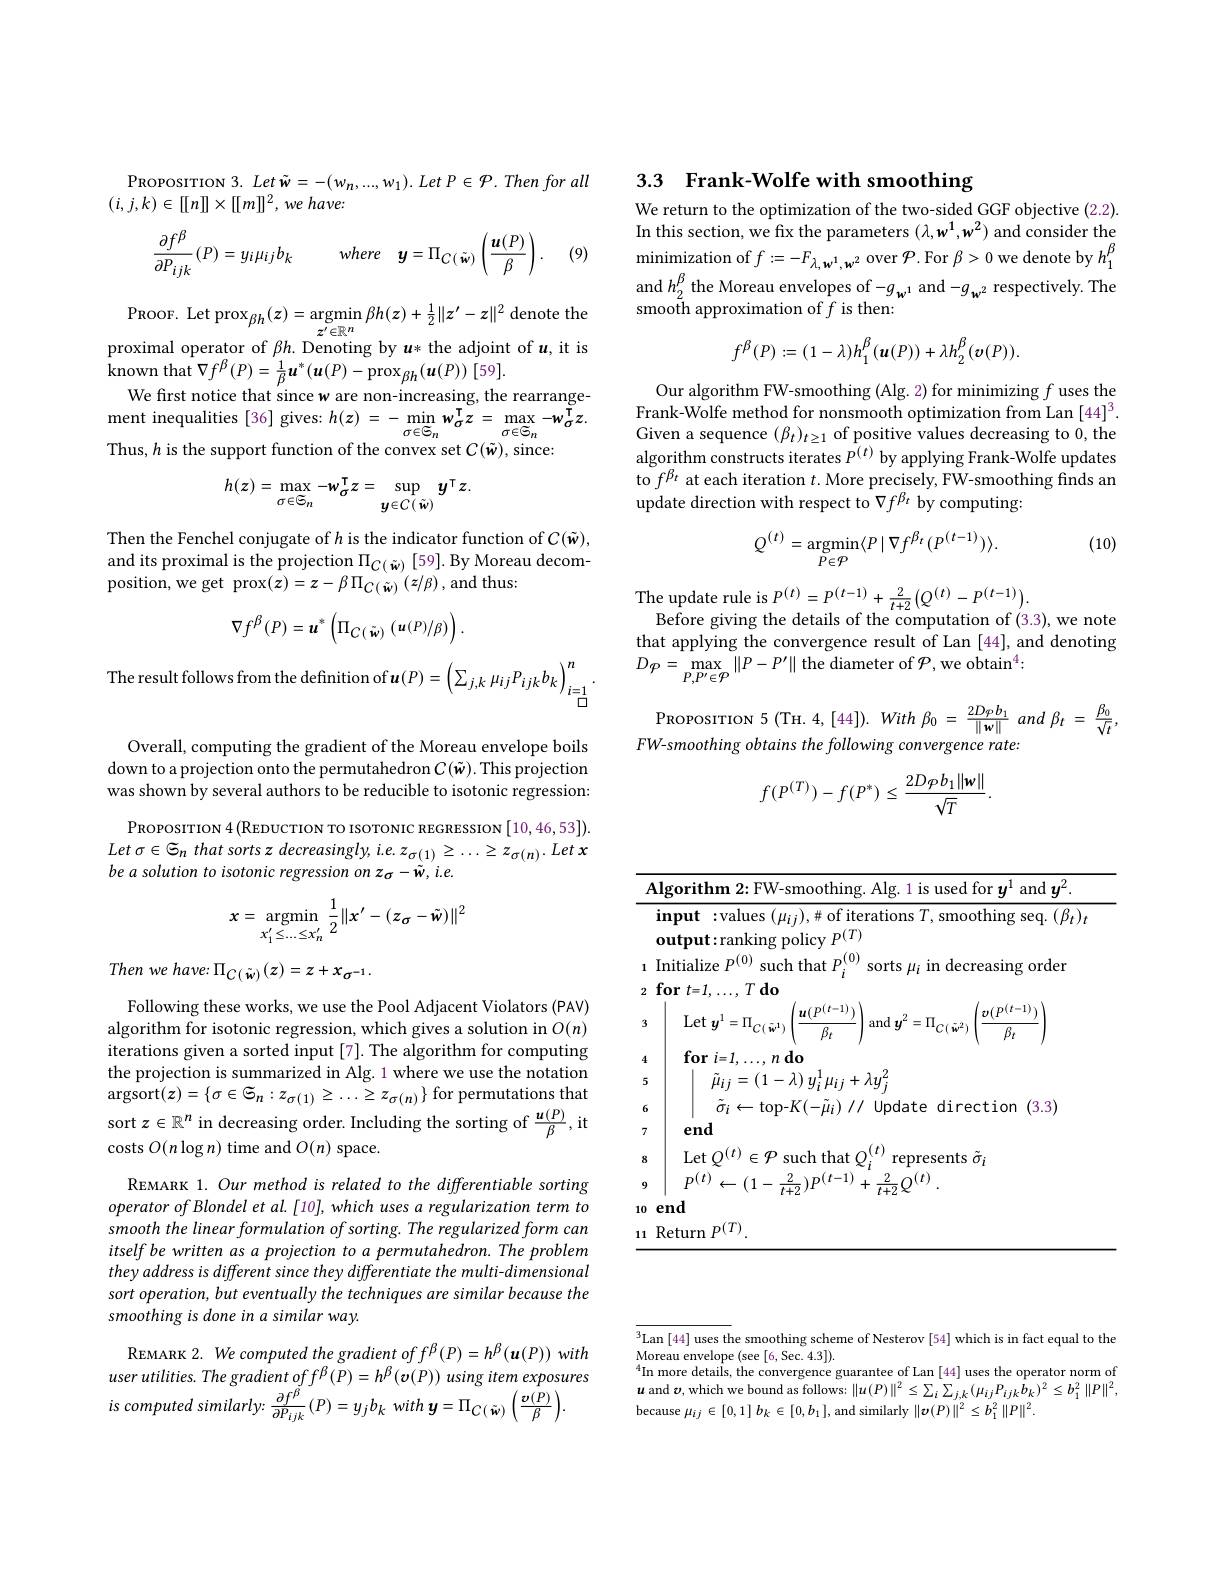
PROPOSITION 3. Let $\tilde{w} = - ( w_{n}, . . . , w_{1}) . Let P\in \mathcal{P} . Then for all$
$( i, j, k) \in [ [ n] ] \times [ [ m] ] ^{2}, we$ $have:$

(9)
$$\frac{\partial f^{\beta}}{\partial P_{ijk}}(P)=y_{i}\mu_{ij}b_{k}\quad where\quad\boldsymbol{y}=\Pi_{C(\tilde{\boldsymbol{w}})}\left(\frac{\boldsymbol{u}(P)}{\beta}\right).$$
PROOF. Let prox$_\beta h(z)=$argmin $\beta h(z)+\frac12\|z^{\prime}-z\|^2$ denote the
$z^{\prime}\in\mathbb{R}^n$
proximal operator of $\beta h.$ Denoting by $u*$ the adjoint of $u$, it is
$\mathop{\mathrm{known~that~}\nabla f^{\beta}(P)=\frac{1}{\beta}\boldsymbol{u}^{*}(\boldsymbol{u}(P)-\operatorname{prox}_{\beta h}(\boldsymbol{u}(P))\:[59].}$
We first notice that since w are non-increasing, the rearrange- $\begin{array}{cc}{\mathrm{ment~inequalities~[36]~gives:~}h(z)~=~-~min~w_{\sigma}^{\mathrm{T}}z~=~\max~-w_{\sigma}^{\mathrm{T}}z.}\\{\mathrm{Thus~}h~is~the~sunnort~function~of~the~convev~set~}C(\tilde{w})~\mathrm{since}.\end{array}$ Thus, $h$ is the support function of the convex set $C(\tilde{w})$, since:
$$h(z)=\max_{\sigma\in\mathcal{S}_{n}}-w_{\sigma}^{\intercal}z=\sup_{y\in C(\tilde{w})}y^{\intercal}z.$$
Then the Fenchel conjugate of $h$ is the indicator function of $C(\tilde{w})$, and its proximal is the projection $\Pi_{C(\tilde{w})}[59].$ By Moreau decomposition, we get prox$( z) = z- \beta \Pi _{C( \tilde{w} ) }\left ( z/ \beta \right ) $,and thus:
$$\nabla f^{\beta}(P)=\boldsymbol{u}^{*}\left(\Pi_{C(\tilde{\boldsymbol{w}})}\left(\boldsymbol{u}(P)/\beta\right)\right).$$
The result follows from the definition of$\boldsymbol u(P)=\left(\sum_{j,k}\mu_{ij}P_{ijk}b_{k}\right)_{i=1}^{n}.$

Overall, computing the gradient of the Moreau envelope boils down to a projection onto the permutahedron $C(\tilde{w}).$ This projection was shown by several authors to be reducible to isotonic regression:
PROPOSITION 4 (REDUCTION TO ISOTONIC REGRESSION [10,46,53]). Let $\sigma \in {\mathcal{G} }_{n}$ that sorts $z$ $decreasingly$, $i. e. z_{\sigma ( 1) }\geq \cdots \geq z_{\sigma ( n) }.$ Let $x$ be a solution to isotonic regression on z o
$$x=\underset{x_{1}^{\prime}\leq...\leq x_{n}^{\prime}}{\mathrm{argmin}}\frac{1}{2}\|x^{\prime}-(z_{\sigma}-\tilde{w})\|^{2}$$
$Then~we~have:~\Pi_{C(\tilde{w})}(z)=z+x_{\sigma^{-1}}.$

Following these works, we use the Pool Adjacent Violators (PAV) algorithm for isotonic regression, which gives a solution in $O(n)$ iterations given a sorted input [7]. The algorithm for computing the projection is summarized in Alg. 1 where we use the notation $\operatorname{argsort}(z)=\{\sigma\in\widetilde{\Theta}_{n}:z_{\sigma(1)}\geq\ldots\geq z_{\sigma(n)}\}$ for permutations that sort $z\in\mathbb{R}^n$ in decreasing order. Including the sorting of $\frac{\boldsymbol u}(P)\beta$,it costs $O(n\log n)$ time and $O(n)$ space.

REMARK 1. Our method is related to the differentiable sorting operator of Blondel et al. [10], which uses a regularization term to smooth the linear formulation of sorting. The regularized form can itself be written as a projection to a permutahedron. The problem they address is different since they differentiate the multi-dimensional sort operation, but eventually the techniques are similar because the smoothing is done in a similar way.
$REMARK 2. We computed the gradient of f^{\beta}(P)=h^{\beta}(\boldsymbol{u}(P))~with$ $user utilities. The gradient off^{\beta}(P)=h^{\beta}(v(P))$ using item exposures

$is$ computed $similarly:$ $\frac {\partial f^{\tilde{\beta } }}{\partial P_{ijk}}\left ( P\right ) = y_{j}b_{k}$ with $y= \Pi _{C( \tilde{w} ) }\left ( \frac {\boldsymbol{\upsilon }( \tilde{P} ) }\beta \right )$

## 3.3 Frank-Wolfe with smoothing

We return to the optimization of the two-sided GGF objective (2.2) In this section, we fix the parameters $(\lambda,w^1,w^2)$ and consider the $\operatorname*{minimization}$ of $f:=-F_{\lambda,\boldsymbol{w}^{1},\boldsymbol{w}^{2}}$ over $\mathcal{P}.$ For $\beta>0$ we denote by $h_1^{\beta}$ and $h_2^\beta$ the Moreau envelopes of $-g_{w^1}$ and $-g_{w^2}$ respectively. The smooth approximation of $f$ is then:
$$f^\beta(P):=(1-\lambda)h_1^\beta(\boldsymbol{u}(P))+\lambda h_2^\beta(\boldsymbol{v}(P)).$$
Our algorithm FW-smoothing (Alg. 2) for minimizing $f$ uses the Frank-Wolfe method for nonsmooth optimization from Lan [44]$^3.$ Given a sequence $(\beta_t)_t\geq1$ of positive values decreasing to 0, the algorithm constructs iterates $P^{(t)}$ by applying Frank-Wolfe updates to $f^{\beta_{t}}$ at each iteration $t.$ More precisely, FW-smoothing finds an update direction with respect to $\nabla f^{\beta_t}$ by computing

(10)
$$Q^{(t)}=\underset{P\in\mathcal{P}}{\mathrm{argmin}}\langle P\mid\nabla f^{\beta_{t}}(P^{(t-1)})\rangle.$$
The update rule is $P^{(t)}=P^{(t-1)}+\frac{2}{t+2}(Q^{(t)}-P^{(t-1)}).$
Before giving the details of the computation of (3.3), we note that applying the convergence result of Lan [44], and denoting $D\rho=\max_{P,P^{\prime}\in\mathcal{P}}\left\|P-P^{\prime}\right\|$the diameter of$\mathcal{P}$,we obtain$^4:$

PROPOSITION 5 ( TH. 4, [ 44] ) . With $\beta _{0}$ = $\frac {2D\varphi b_{1}}{\| \mathbf{w} \| }$ and $\beta _{t}$ = $\frac {\beta _{0}}{\sqrt {t}}$,
FW-smoothing obtains the following convergence rate:
$$f(P^{(T)})-f(P^*)\leq\frac{2D\varphi b_1\|\mathbf{w}\|}{\sqrt{T}}.$$
Algorithm 2: FW-smoothing. Alg. 1 is used for $y^{1}$ and $y^{2}$
input : values $(\mu_{ij}),\#$of iterations $T$,smoothing seq.$(\beta_t)_t$
$\dot{\text{output:ranking policy }P}_{(0)}^{(T)}$
$\hat{\text{ Initialize }P^{(0)}}$ such that $P_i^{(0)}$ sorts $\mu_i$ in decreasing order
$2\textbf{for}t= 1, \ldots , T\textbf{do}$
Let $y^{1}= \Pi _{C( \tilde{w} ^{1}) }\left ( \frac {\boldsymbol{u}( P^{( t- 1) }) }{\beta _{t}}\right )$and $y^{2}= \Pi _{C( \tilde{w} ^{2}) }\left ( \frac {\boldsymbol{v}( P^{( t- 1) }) }{\beta _{t}}\right )$
$\textbf{for }i= 1, \ldots , n\textbf{ do}$
$\tilde{\mu}_{ij}=\left(1-\lambda\right)y_{i}^{1}\mu_{ij}+\lambda y_{j}^{2}$
$\tilde{\sigma}_i\leftarrow$top-$K(-\tilde{\mu}_i)//$Update direction (3.3)
7
end
$\operatorname*{Let}Q^{(t)}\in\mathcal{P}$ such that $Q_i^{(t)}$ represents $\tilde{\sigma}_i$
$P^{( t) }\leftarrow ( 1- \frac 2{t+ 2}) P^{( t- 1) }+ \frac 2{t+ 2}Q^{( t) }$ .
10 end
11 Return $P^{(T)}.$

$^3$Lan [44] uses the smoothing scheme of Nesterov [54] which is in fact equal to the
Moreau envelope (see [6, Sec. 4.3])
$^{4}$In more details, the convergence guarantee of Lan [44] uses the operator norm of $u$ and $\boldsymbol{v}$,which we bound as follows: $\|u(P)\|^2\leq\sum_i\sum_{j,k}(\mu_{ij}P_{ijk}\hat{b}_{k})^2\leq b_1^2\|P\|^2$, because $\mu_{ij}\in[0,1]b_k\in[0,b_1]$, and similarly $\|\boldsymbol{\upsilon}(P)\|^2\leq b_1^2\|P\|^2.$